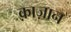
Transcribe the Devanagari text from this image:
क़ाज़ान